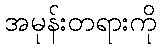
အမုန်းတရားကို